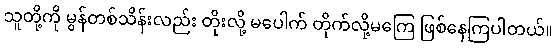
သူတို့ကို မွန်တစ်သိန်းလည်း တိုးလို့ မပေါက် တိုက်လို့မကြေ ဖြစ်နေကြပါတယ်။